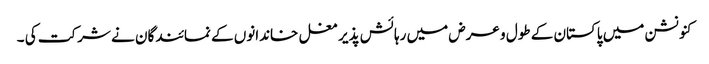
کنونشن میں پاکستان کے طول و عرض میں رہائش پذیر مغل خاندانوں کے نمائندگان نے شرکت کی ۔